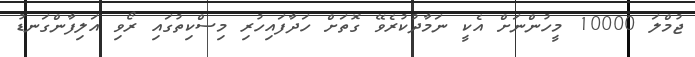
ޖުމްލަ 10000 މީހުންނަށް އެކީ ނަމާދުކުރެވޭ ގޮތަށް ހަދާފައިހުރި މިސްކިތުގައި ރޯވި އަލިފާންގަނޑު